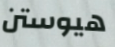
هيوستن